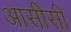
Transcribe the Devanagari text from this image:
आसीसी